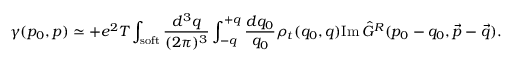
\gamma ( p _ { 0 } , p ) \simeq + e ^ { 2 } T \int _ { \mathrm { s o f t } } { \frac { d ^ { 3 } q } { ( 2 \pi ) ^ { 3 } } } \int _ { - q } ^ { + q } { \frac { d q _ { 0 } } { q _ { 0 } } } \rho _ { t } ( q _ { 0 } , q ) \mathrm { I m } \, \hat { G } ^ { R } ( p _ { 0 } - q _ { 0 } , \vec { p } - \vec { q } ) .